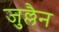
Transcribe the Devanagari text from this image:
जुल्लैन